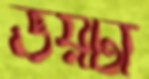
ভয়টা